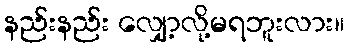
နည်းနည်း လျှော့လို့မရဘူးလား။